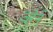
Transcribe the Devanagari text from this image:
व्हेने